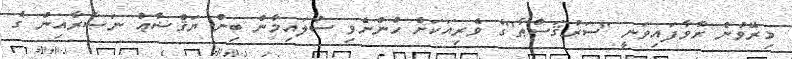
މިރޭވުން ރާވާފައިވަނީ ''ސަރުޤަސްޠާ''ގެ ވެރިއަކަށް ހުންނެވި ސުލައިމާން ބިން ޔަޤްޟާޢު ނަޞާރާއިން ގެ